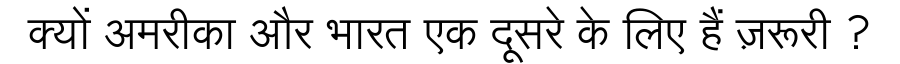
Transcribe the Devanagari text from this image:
क्यों अमरीका और भारत एक दूसरे के लिए हैं ज़रूरी ?